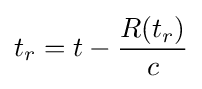
t_{r}=t-{\frac {R(t_{r})}{c}}